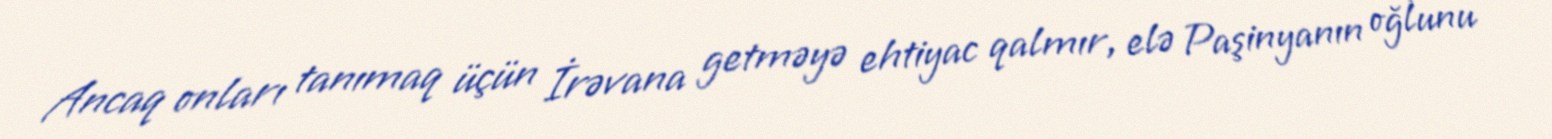
Ancaq onları tanımaq üçün İrəvana getməyə ehtiyac qalmır, elə Paşinyanın oğlunu